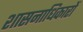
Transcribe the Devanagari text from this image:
शासनाधिकारों